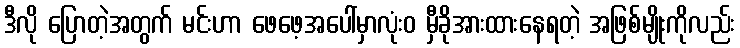
ဒီလို ပြောတဲ့အတွက် မင်းဟာ ဖေဖေ့အပေါ်မှာလုံးဝ မှီခိုအားထားနေရတဲ့ အဖြစ်မျိုးကိုလည်း